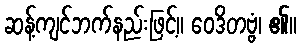
ဆန့်ကျင်ဘက်နည်းဖြင့်။ ဝေဒိတဗ္ဗံ၊ ၏။